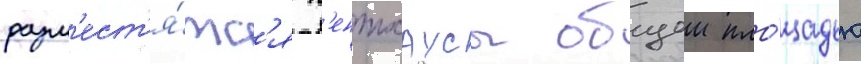
разм'ест'я́тс'я п'ентхаусы общеи пло́щадью